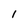
Character: I